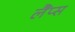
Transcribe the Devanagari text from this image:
लैंप्स